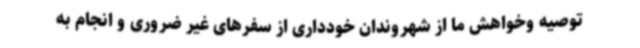
توصیه وخواهش ما از شهروندان خودداری از سفرهای غیر ضروری و انجام به